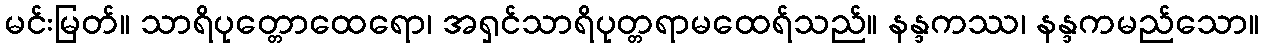
မင်းမြတ်။ သာရိပုတ္တောထေရော၊ အရှင်သာရိပုတ္တရာမထေရ်သည်။ နန္ဒကဿ၊ နန္ဒကမည်သော။